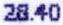
28.40